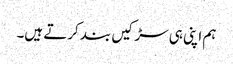
ہم اپنی ہی سڑکیں بند کرتے ہیں۔